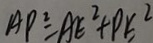
A P ^ { 2 } = A E ^ { 2 } + P E ^ { 2 }